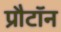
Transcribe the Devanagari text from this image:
प्रौटॉन